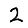
Digit: 2